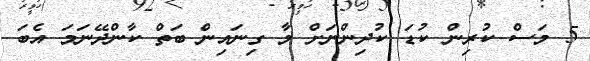
5 މަސް ކުރިން ކުޑަ ކުދިންނަށް މާ ގިނައިން ބަތް ކާންދޭނަމަ އެބަ